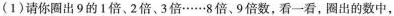
(1)请你圈出9的1倍。2倍、3倍……8倍、9倍数，看一看，圈出的数中，